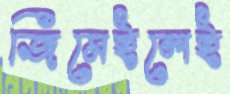
জিমেইলেই